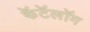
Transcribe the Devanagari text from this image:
कॅटॅलॉग